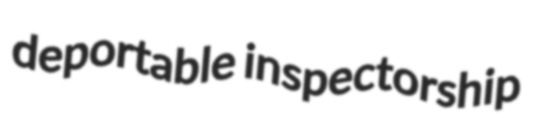
deportable inspectorship